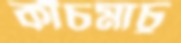
কাঁচমাচু